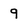
Character: 9